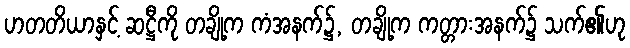
ဟတတိယာနှင့် ဆဋ္ဌီကို တချို့က ကံအနက်၌, တချို့က ကတ္တားအနက်၌ သက်၏ဟု